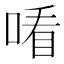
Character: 𠸦